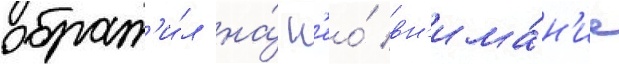
обрат'и́л на́ н'ео́ вн'има́н'ие